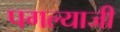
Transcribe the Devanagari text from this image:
पगल्याजी